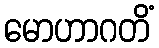
မောဟာဂတိံ